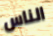
الناس